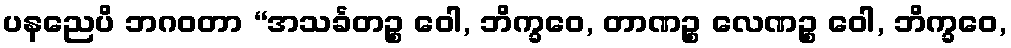
ပနညေပိ ဘဂဝတာ “အသင်္ခတဉ္စ ဝေါ, ဘိက္ခဝေ, တာဏဉ္စ လေဏဉ္စ ဝေါ, ဘိက္ခဝေ,